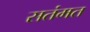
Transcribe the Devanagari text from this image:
सतंमत